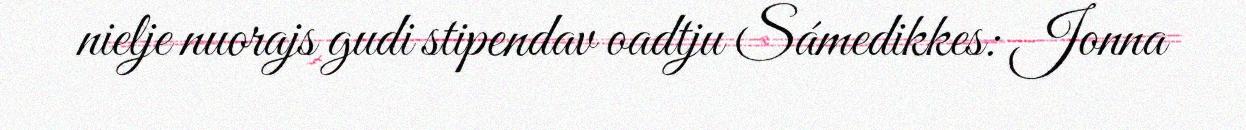
nielje nuorajs gudi stipendav oadtju Sámedikkes: Jonna